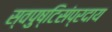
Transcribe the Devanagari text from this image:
स्वपुष्टिसंप्रदाय